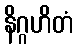
နိဂ္ဂဟိတံ